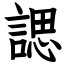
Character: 諰